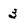
Character: 3